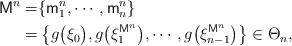
\begin{align*}\mathsf{M}^n=&\{\mathsf{m}^n_1,\cdots,\mathsf{m}^n_n\}\\=&\left\{g\bigl(\xi_0\bigr),g\bigl(\xi_1^{\mathsf{M}^n}\bigr),\cdots,g\bigl(\xi_{n-1}^{\mathsf{M}^n}\bigr)\right\}\in\Theta_n,\end{align*}